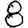
Digit: 8